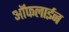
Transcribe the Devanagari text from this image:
आॅफलाईन